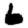
Digit: 6